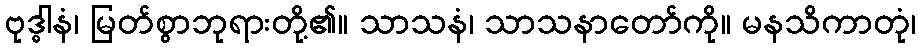
ဗုဒ္ဓါနံ၊ မြတ်စွာဘုရားတို့၏။ သာသနံ၊ သာသနာတော်ကို။ မနသိကာတုံ၊